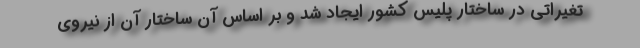
تغیراتی در ساختار پلیس کشور ایجاد شد و بر اساس آن ساختار آن از نیروی